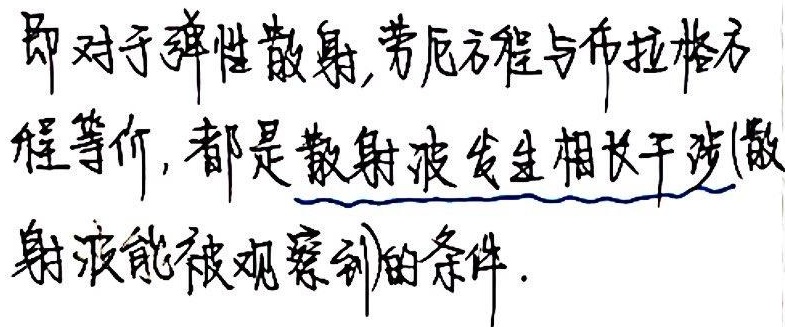
即对于弹性散射,劳厄方程与布拉格方程等价, 都是散射波发生相长干涉(散射波能被观察到)的条件.